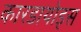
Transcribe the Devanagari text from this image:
कारडायोड्स